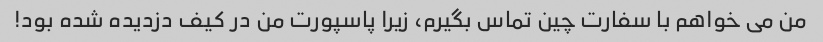
من می خواهم با سفارت چین تماس بگیرم، زیرا پاسپورت من در کیف دزدیده شده بود!